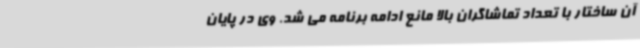
آن ساختار با تعداد تماشاگران بالا مانع ادامه برنامه می شد. وی در پایان